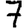
Digit: 7